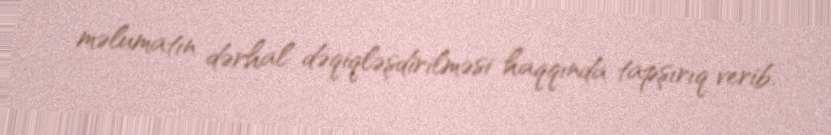
məlumatın dərhal dəqiqləşdirilməsi haqqında tapşırıq verib.